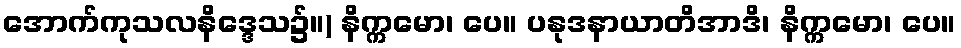
အောက်ကုသလနိဒ္ဒေသ၌။) နိက္ကမော၊ ပေ။ ပနုဒနာယာတိအာဒိ၊ နိက္ကမော၊ ပေ။